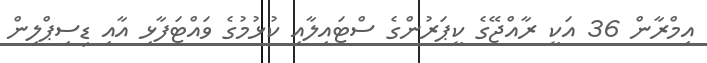
އިމްރާން 36 އަކީ ރާއްޖޭގެ ކީޕަރުންގެ ސްޓައިލާއި ކުޅުމުގެ ވައްޓަފާޅި އާއި ޑިސިޕްލިން